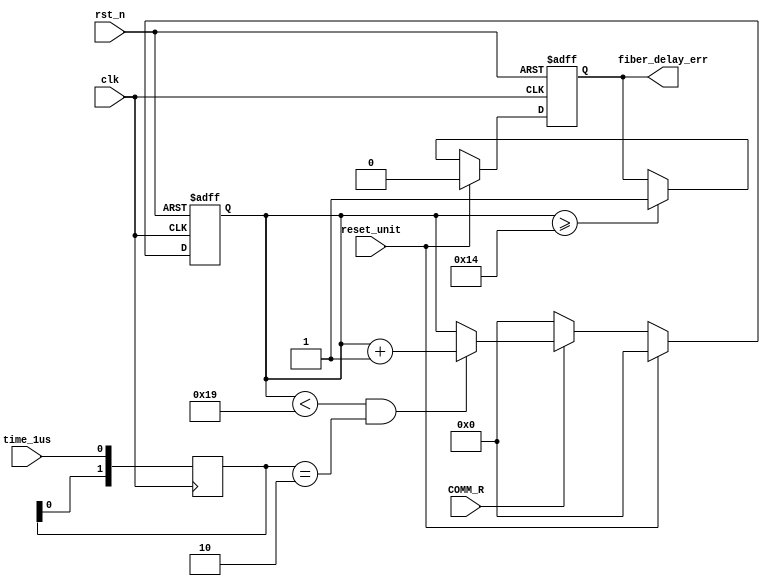
 
 module fiber_delay_rx(
							clk,
							rst_n,
							time_1us,
							reset_unit,
							fiber_delay_err,
							COMM_R
							);
input clk;
input rst_n;
input time_1us;
input reset_unit;
output fiber_delay_err;
input COMM_R;
reg [4:0]delay_err_cnt;
reg fiber_delay_err;
	//
reg [1:0]time_1us_syn;
always@(posedge clk) time_1us_syn<={time_1us_syn[0],time_1us};	
always@(posedge clk or negedge rst_n)
begin 
	if(!rst_n)
	delay_err_cnt<=0;
	else if(reset_unit)
	delay_err_cnt<=0;
	else if(COMM_R==0)
	delay_err_cnt<=0;
	else if(delay_err_cnt<25&&time_1us_syn==2'b10)
	delay_err_cnt<=delay_err_cnt+1'b1;
end 	
always@(posedge clk or negedge rst_n)
begin 
	if(!rst_n)
	fiber_delay_err<=1'b0;
	else if(reset_unit)
	fiber_delay_err<=1'b0;
	else if(delay_err_cnt>=20)//20us
	fiber_delay_err<=1'b1;
end 
		
 endmodule